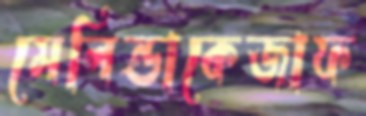
মেলিন্ডাকেজাফ